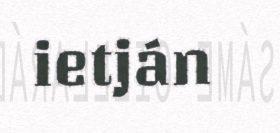
ietján